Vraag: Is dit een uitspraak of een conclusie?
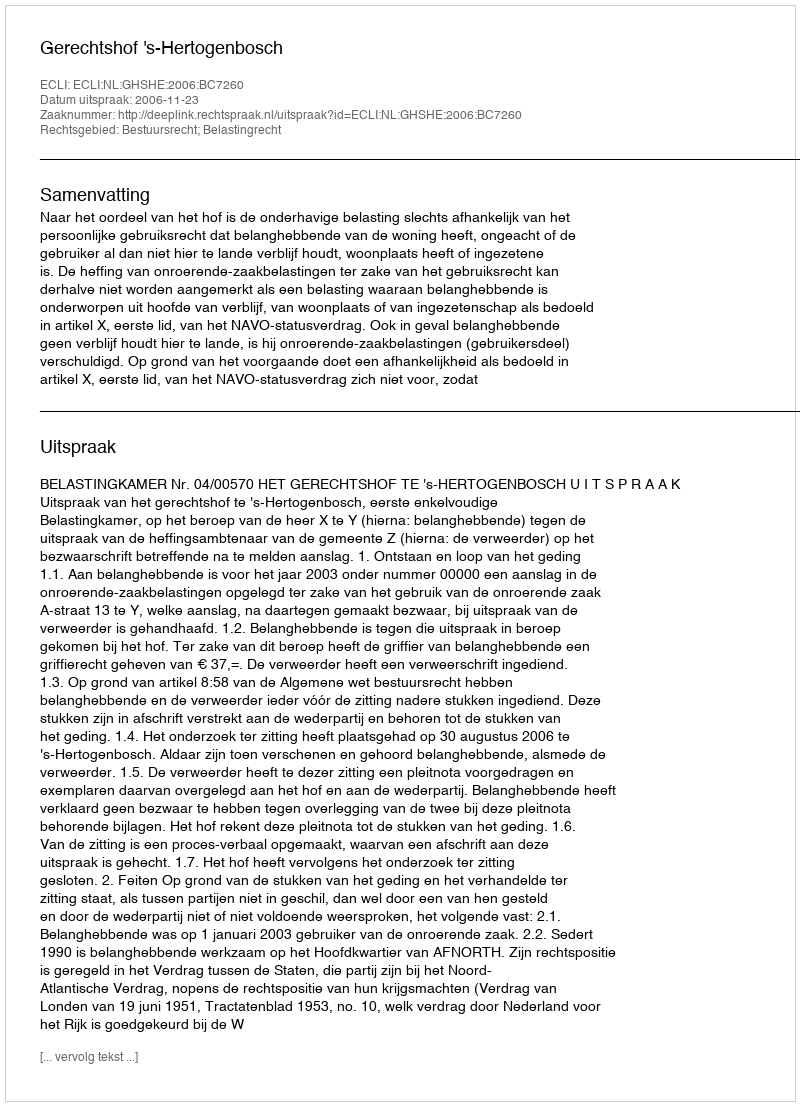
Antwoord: Uitspraak